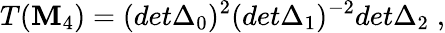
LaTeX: T(\mathbf{M}_{4})=(det\Delta_{0})^{2}(det\Delta_{1})^{-2}det\Delta_{2}\; ,